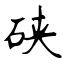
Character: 硖